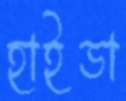
হাইডা